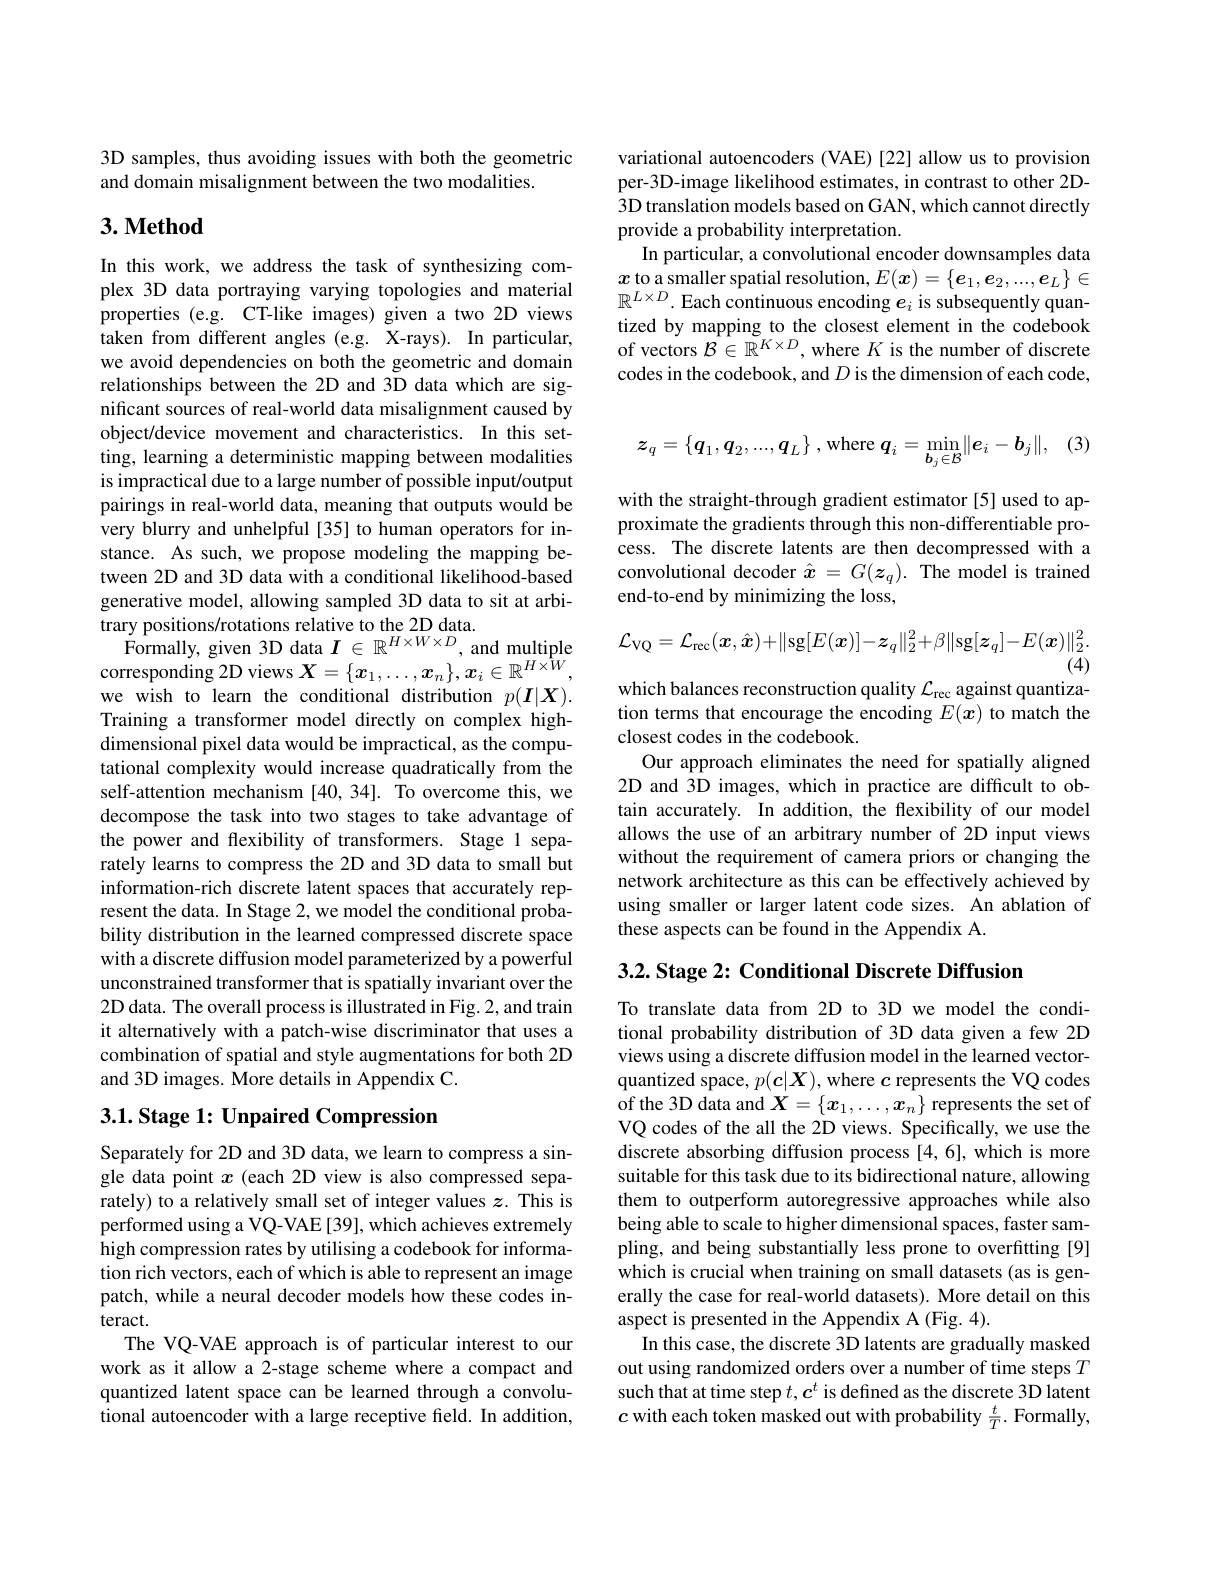
3D samples, thus avoiding issues with both the geometric
and domain misalignment between the two modalities.

## $3. \textbf{Method}$

In this work, we address the task of synthesizing complex 3D data portraying varying topologies and material properties (e.g. CT-like images) given a two 2D views taken from different angles (e.g. X-rays). In particular, we avoid dependencies on both the geometric and domain relationships between the 2D and 3D data which are significant sources of real-world data misalignment caused by object/device movement and characteristics. In this setting, learning a deterministic mapping between modalities is impractical due to a large number of possible input/output pairings in real-world data, meaning that outputs would be very blurry and unhelpful [35] to human operators for instance. As such, we propose modeling the mapping between 2D and 3D data with a conditional likelihood-based generative model, allowing sampled 3D data to sit at arbitrary positions/rotations relative to the 2D data.
Formally, given 3D data $I\in\mathbb{R}^{H\times W\times D}$, and multiple corresponding 2D views $X=\{x_1,\ldots,x_n\},x_i\in\mathbb{R}^{H\times W}$, we wish to learn the conditional distribution $p(\boldsymbol I|\boldsymbol X).$ Training a transformer model directly on complex highdimensional pixel data would be impractical, as the computational complexity would increase quadratically from the self-attention mechanism [40,34]. To overcome this, we decompose the task into two stages to take advantage of the power and flexibility of transformers. Stage 1 separately learns to compress the 2D and 3D data to small but information-rich discrete latent spaces that accurately represent the data. In Stage 2, we model the conditional probability distribution in the learned compressed discrete space with a discrete diffusion model parameterized by a powerful unconstrained transformer that is spatially invariant over the 2D data. The overall process is illustrated in Fig. 2, and train it alternatively with a patch-wise discriminator that uses a combination of spatial and style augmentations for both 2D and 3D images. More details in Appendix C. $3. 1. \textbf{ Stage 1: Unpaired Compression}$

Separately for 2D and 3D data, we learn to compress a single data point $x$ (each 2D view is also compressed separately) to a relatively small set of integer values $z.$ This is performed using a VQ-VAE [39], which achieves extremely high compression rates by utilising a codebook for information rich vectors, each of which is able to represent an image patch, while a neural decoder models how these codes interact.
The VQ-VAE approach is of particular interest to our work as it allow a 2-stage scheme where a compact and quantized latent space can be learned through a convolutional autoencoder with a large receptive field. In addition,

variational autoencoders (VAE)[22] allow us to provision per-3D-image likelihood estimates, in contrast to other 2D- 3D translation models based on GAN, which cannot directly provide a probability interpretation.
In particular, a convolutional encoder downsamples data $x$ to a smaller spatial resolution, $E(\boldsymbol x)=\{\boldsymbol{e}_1,\boldsymbol{e}_2,...,\boldsymbol{e}_L\}\in$ $\mathbb{R}^{L\times D}.$ Each continuous encoding $e_i$ is subsequently quantized by mapping to the closest element in the codebook of vectors $\mathcal{B}\in\mathbb{R}^{K\times D}$, where $K$ is the number of discrete codes in the codebook, and $D$ is the dimension of each code,

(5
$$z_q=\{\boldsymbol{q}_1,\boldsymbol{q}_2,...,\boldsymbol{q}_L\}\:,\mathrm{where}\:\boldsymbol{q}_i=\min_{\boldsymbol{b}_j\in\mathcal{B}}\|\boldsymbol{e}_i-\boldsymbol{b}_j\|,$$
with the straight-through gradient estimator [5] used to approximate the gradients through this non-differentiable process. The discrete latents are then decompressed with a convolutional decoder $\hat{x}=G(z_q).$ The model is trained end-to-end by minimizing the loss,
$$\mathcal{L}_{\mathrm{VQ}}=\mathcal{L}_{\mathrm{rec}}(\boldsymbol{x},\hat{\boldsymbol{x}})+\|\mathrm{sg}[E(\boldsymbol{x})]-\boldsymbol{z}_{q}\|_{2}^{2}+\beta\|\mathrm{sg}[\boldsymbol{z}_{q}]-E(\boldsymbol{x})\|_{2}^{2}.$$
(4)

which balances reconstruction quality $\mathcal{L}_\mathrm{rec}$ against quantization terms that encourage the encoding $E(x)$ to match the closest codes in the codebook.
Our approach eliminates the need for spatially aligned 2D and 3D images, which in practice are difficult to obtain accurately. In addition, the flexibility of our model allows the use of an arbitrary number of 2D input views without the requirement of camera priors or changing the network architecture as this can be effectively achieved by using smaller or larger latent code sizes. An ablation of these aspects can be found in the Appendix A.

3.2. Stage 2: Conditional Discrete Diffusion

To translate data from 2D to 3D we model the conditional probability distribution of 3D data given a few 2D views using a discrete diffusion model in the learned vectorquantized space, $p(\boldsymbol{c}|\boldsymbol{X})$, where $c$ represents the VQ codes of the 3D data and $X=\{x_1,\ldots,x_n\}$ represents the set of VQ codes of the all the 2D views. Specifically, we use the discrete absorbing diffusion process [4,6],which is more suitable for this task due to its bidirectional nature, allowing them to outperform autoregressive approaches while also being able to scale to higher dimensional spaces, faster sampling, and being substantially less prone to overfitting [9] which is crucial when training on small datasets (as is generally the case for real-world datasets). More detail on this aspect is presented in the Appendix A (Fig. 4).
In this case, the discrete 3D latents are gradually masked out using randomized orders over a number of time steps $T$ such that at time step $t,\boldsymbol{c}^t$ is defined as the discrete 3D latent $c$ with each token masked out with probability $\frac{t}{T}.$ Formally,